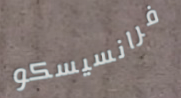
فرانسيسكو